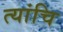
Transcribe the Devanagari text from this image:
त्यांचि